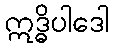
ဣဒ္ဓိပါဒေါ